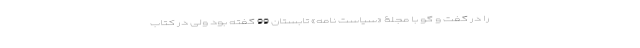
را در گفت و گو با مجلۀ «سیاست نامه» تابستان 99 گفته بود ولی در کتاب